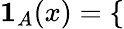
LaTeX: \mathbf{1}_{A}(x)=\left\{ \begin{array}{rl}\end{array}\right.